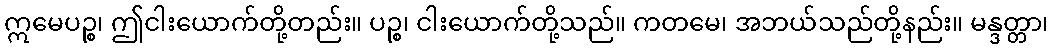
ဣမေပဉ္စ၊ ဤငါးယောက်တို့တည်း။ ပဉ္စ၊ ငါးယောက်တို့သည်။ ကတမေ၊ အဘယ်သည်တို့နည်း။ မန္ဒတ္တာ၊